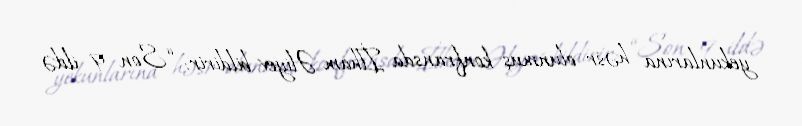
yekunlarına həsr olunmuş konfransda İlham Əliyev bildirir: “Son 9 ildə